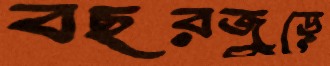
বছরজুড়ে